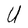
Character: U